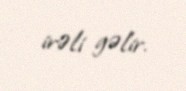
irəli gəlir.